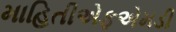
માહિતીએફએમડી